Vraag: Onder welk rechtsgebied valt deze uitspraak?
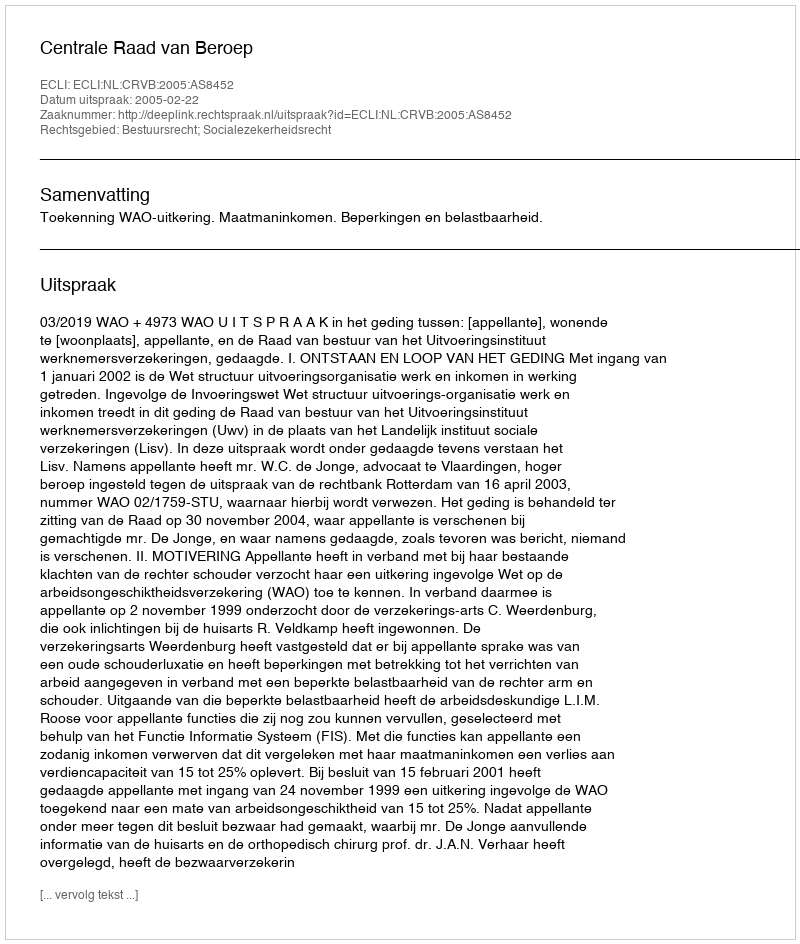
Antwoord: Bestuursrecht; Socialezekerheidsrecht